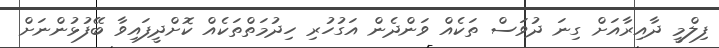
ފިލްމީ ދާއިރާއަށް ގިނަ ދުވަސް ތަކެއް ވަންދެން އަގުހުރި ހިދުމަތްތަކެއް ކޮށްދީފައިވާ ބޭފުޅުންނަށް